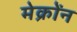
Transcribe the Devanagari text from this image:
मेक्रोंन